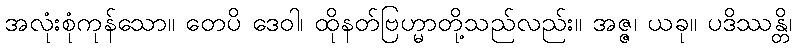
အလုံးစုံကုန်သော။ တေပိ ဒေဝါ၊ ထိုနတ်ဗြဟ္မာတို့သည်လည်း။ အဇ္ဇ၊ ယခု။ ပဒိဿန္တိ၊